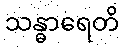
သန္ဓာရေတိ